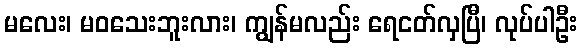
မလေး၊ မဝသေးဘူးလား၊ ကျွန်မလည်း ရေငတ်လှပြီ၊ လုပ်ပါဦး